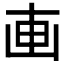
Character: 𠦟